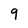
Character: 9